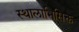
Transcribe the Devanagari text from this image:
स्थालाभिसिक्त